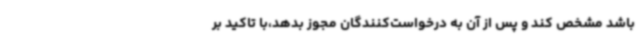
باشد مشخص کند و پس از آن به درخواست‌کنندگان مجوز بدهد،با تاکید بر